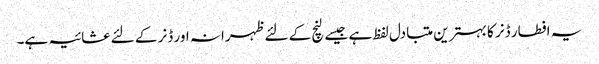
یہ افطار ڈنر کا بہترین متبادل لفظ ہے جیسے لنچ کے لئے ظہرانہ اور ڈنر کے لئے عشائیہ ہے۔